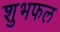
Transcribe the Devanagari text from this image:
शुभफल